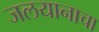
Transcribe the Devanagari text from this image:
जलयानाचा